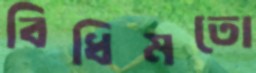
বিধিমতো